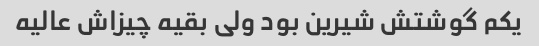
یکم گوشتش شیرین بود ولی بقیه چیزاش عالیه